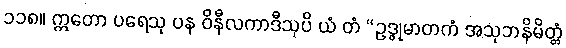
၁၁၈။ ဣတော ပရေသု ပန ဝိနီလကာဒီသုပိ ယံ တံ “ဥဒ္ဓုမာတကံ အသုဘနိမိတ္တံ